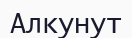
Алкунут